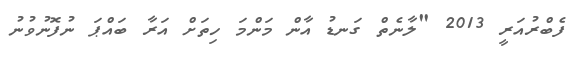
ފެބްރުއަރީ 2013 "ލާނެތް ގަނޑު އާން މަންމަ ހިތަށް އަރާ ބައްޕަ ނުފޮނުވުނު